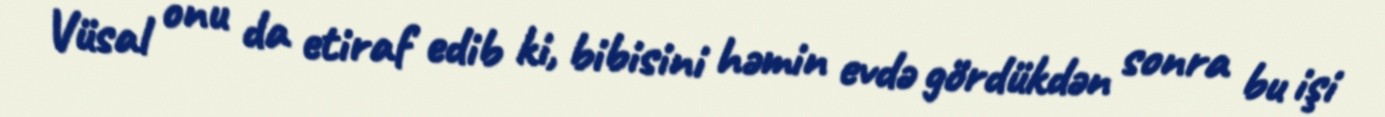
Vüsal onu da etiraf edib ki, bibisini həmin evdə gördükdən sonra bu işi